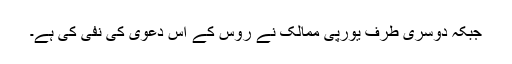
جبکہ دوسری طرف یورپی ممالک نے روس کے اس دعوی کی نفی کی ہے۔